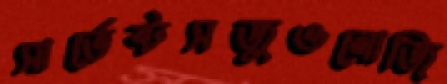
সার্ভেন্টসজুওলোজি